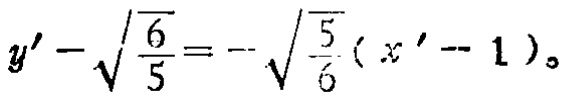
\(y' - \sqrt{\frac{6}{5}} = - \sqrt{\frac{5}{6}}(x' - 1)\)